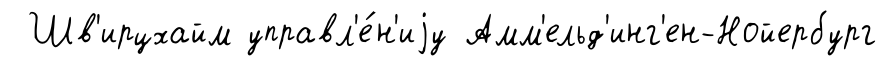
Шв'ирцхайм управл'е́н'иjу Амм'ельд'инг'ен-Нойербург